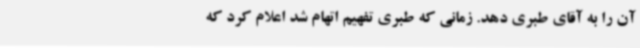
آن را به آقای طبری دهد. زمانی که طبری تفهیم اتهام شد اعلام کرد که